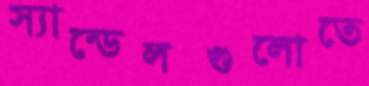
স্যান্ডেলগুলোতে